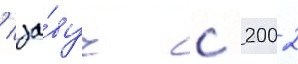
/ за́вуч с 2002